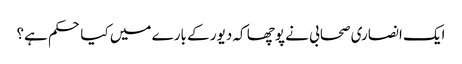
ایک انصاری صحابی نے پوچھا کہ دیور کے بارے میں کیا حکم ہے؟